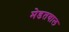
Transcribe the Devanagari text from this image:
मेडतवाल